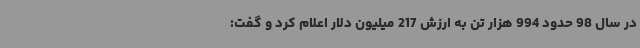
در سال 98 حدود 994 هزار تن به ارزش 217 میلیون دلار اعلام کرد و گفت: